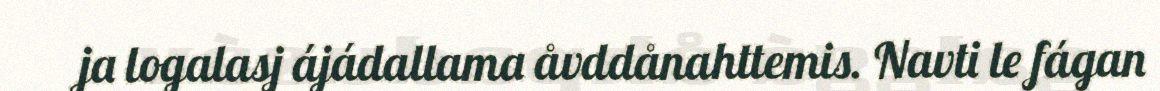
ja logalasj ájádallama åvddånahttemis. Navti le fágan